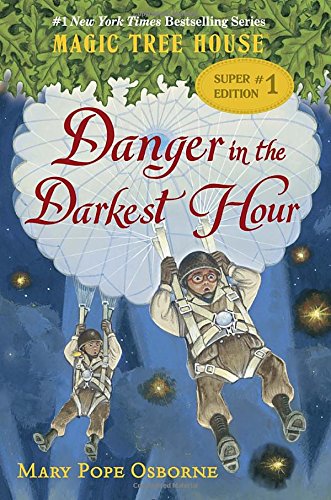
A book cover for Magic Tree House Super Edition #1: Danger in the Darkest Hour (A Stepping Stone Book(TM)); Mary Pope Osborne; Children's Books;